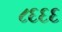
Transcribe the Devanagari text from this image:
८६६६